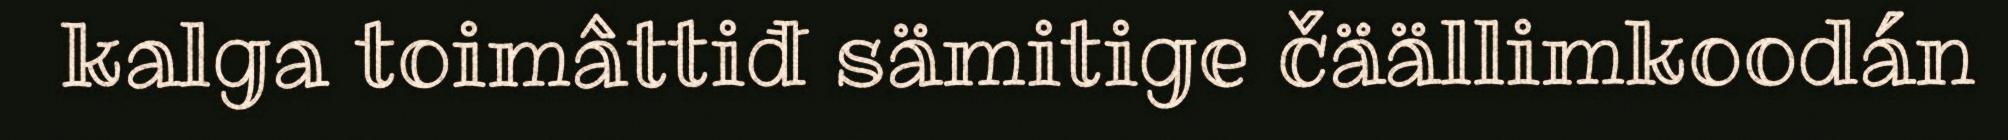
kalga toimâttiđ sämitige čäällimkoodán